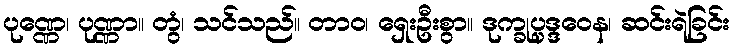
ပုဏ္ဏေ၊ ပုဏ္ဏာ။ တွံ၊ သင်သည်။ တာဝ၊ ရှေးဦးစွာ။ ဒုက္ခုပ္ပဒ္ဒဝေန၊ ဆင်းရဲခြင်း